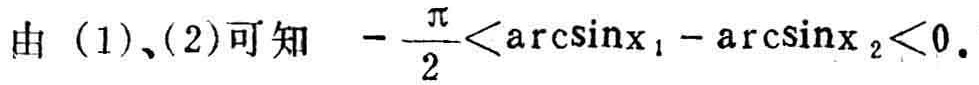
由（1）、（2）可知 \( -\frac{\pi}{2}<\arcsin x_{1}-\arcsin x_{2}<0 \)。